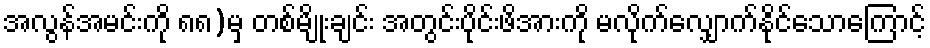
အလွန်အမင်းကို ၈၈)မှ တစ်မျိုးချင်း အတွင်းပိုင်းဖိအားကို မလိုက်လျှောက်နိုင်သောကြောင့်